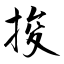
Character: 捘